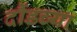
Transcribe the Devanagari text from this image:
दौंडच्या